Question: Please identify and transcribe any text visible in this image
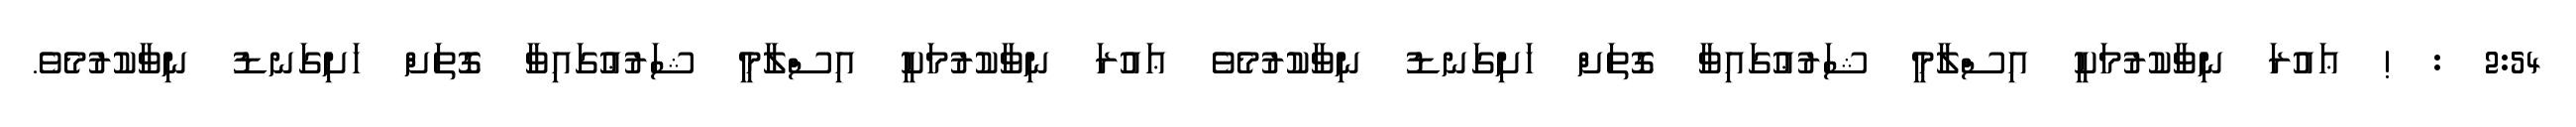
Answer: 2:54 : ! ޢައުރަ ނިވާކުރުމަކީ އިސްލާމީ ޝަރުޢުގައިވާ ގޮތަށް ހަށިގަނޑު ނިވާކުރުމެވެ ޢައުރަ ނިވާކުރުމަކީ އިސްލާމީ ޝަރުޢުގައިވާ ގޮތަށް ހަށިގަނޑު ނިވާކުރުމެވެ.